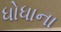
ધોધાના